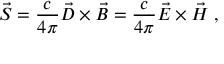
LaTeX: \vec { S } = \frac { c } { 4 \pi } \vec { D } \times \vec { B } = \frac { c } { 4 \pi } \vec { E } \times \vec { H } \; ,